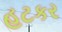
હટકર